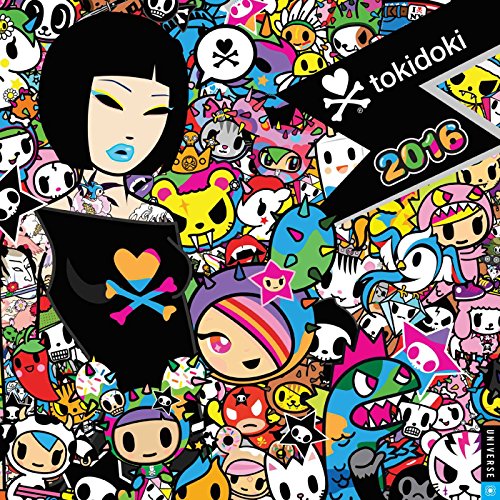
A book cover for tokidoki 2016 Wall Calendar; Simone Legno; Calendars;